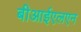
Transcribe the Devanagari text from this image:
बीआईएलएन